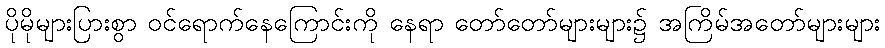
ပိုမိုများပြားစွာ ဝင်ရောက်နေကြောင်းကို နေရာ တော်တော်များများ၌ အကြိမ်အတော်များများ